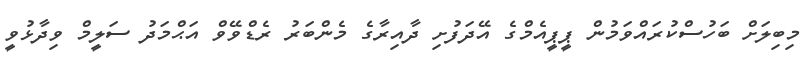
މިބިލަށް ބަހުސްކުރައްވަމުން ޕީޕީއެމްގެ އޭދަފުށި ދާއިރާގެ މެންބަރު ރެޑްވޭވް އަޙްމަދު ސަލީމް ވިދާޅުވީ